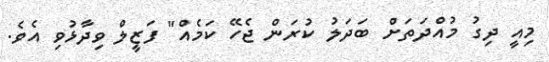
މިއީ ދިގު މުއްދަތަށް ބަދަލު ކުރަން ޖެހޭ ކަމެއް" ފަޒީލް ވިދާޅުވި އެވެ.